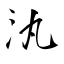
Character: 汍